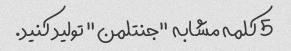
5 کلمه مشابه "جنتلمن" تولید کنید.